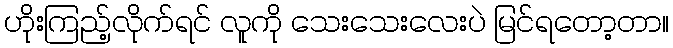
ဟိုးကြည့်လိုက်ရင် လူကို သေးသေးလေးပဲ မြင်ရတော့တာ။